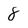
Character: 8